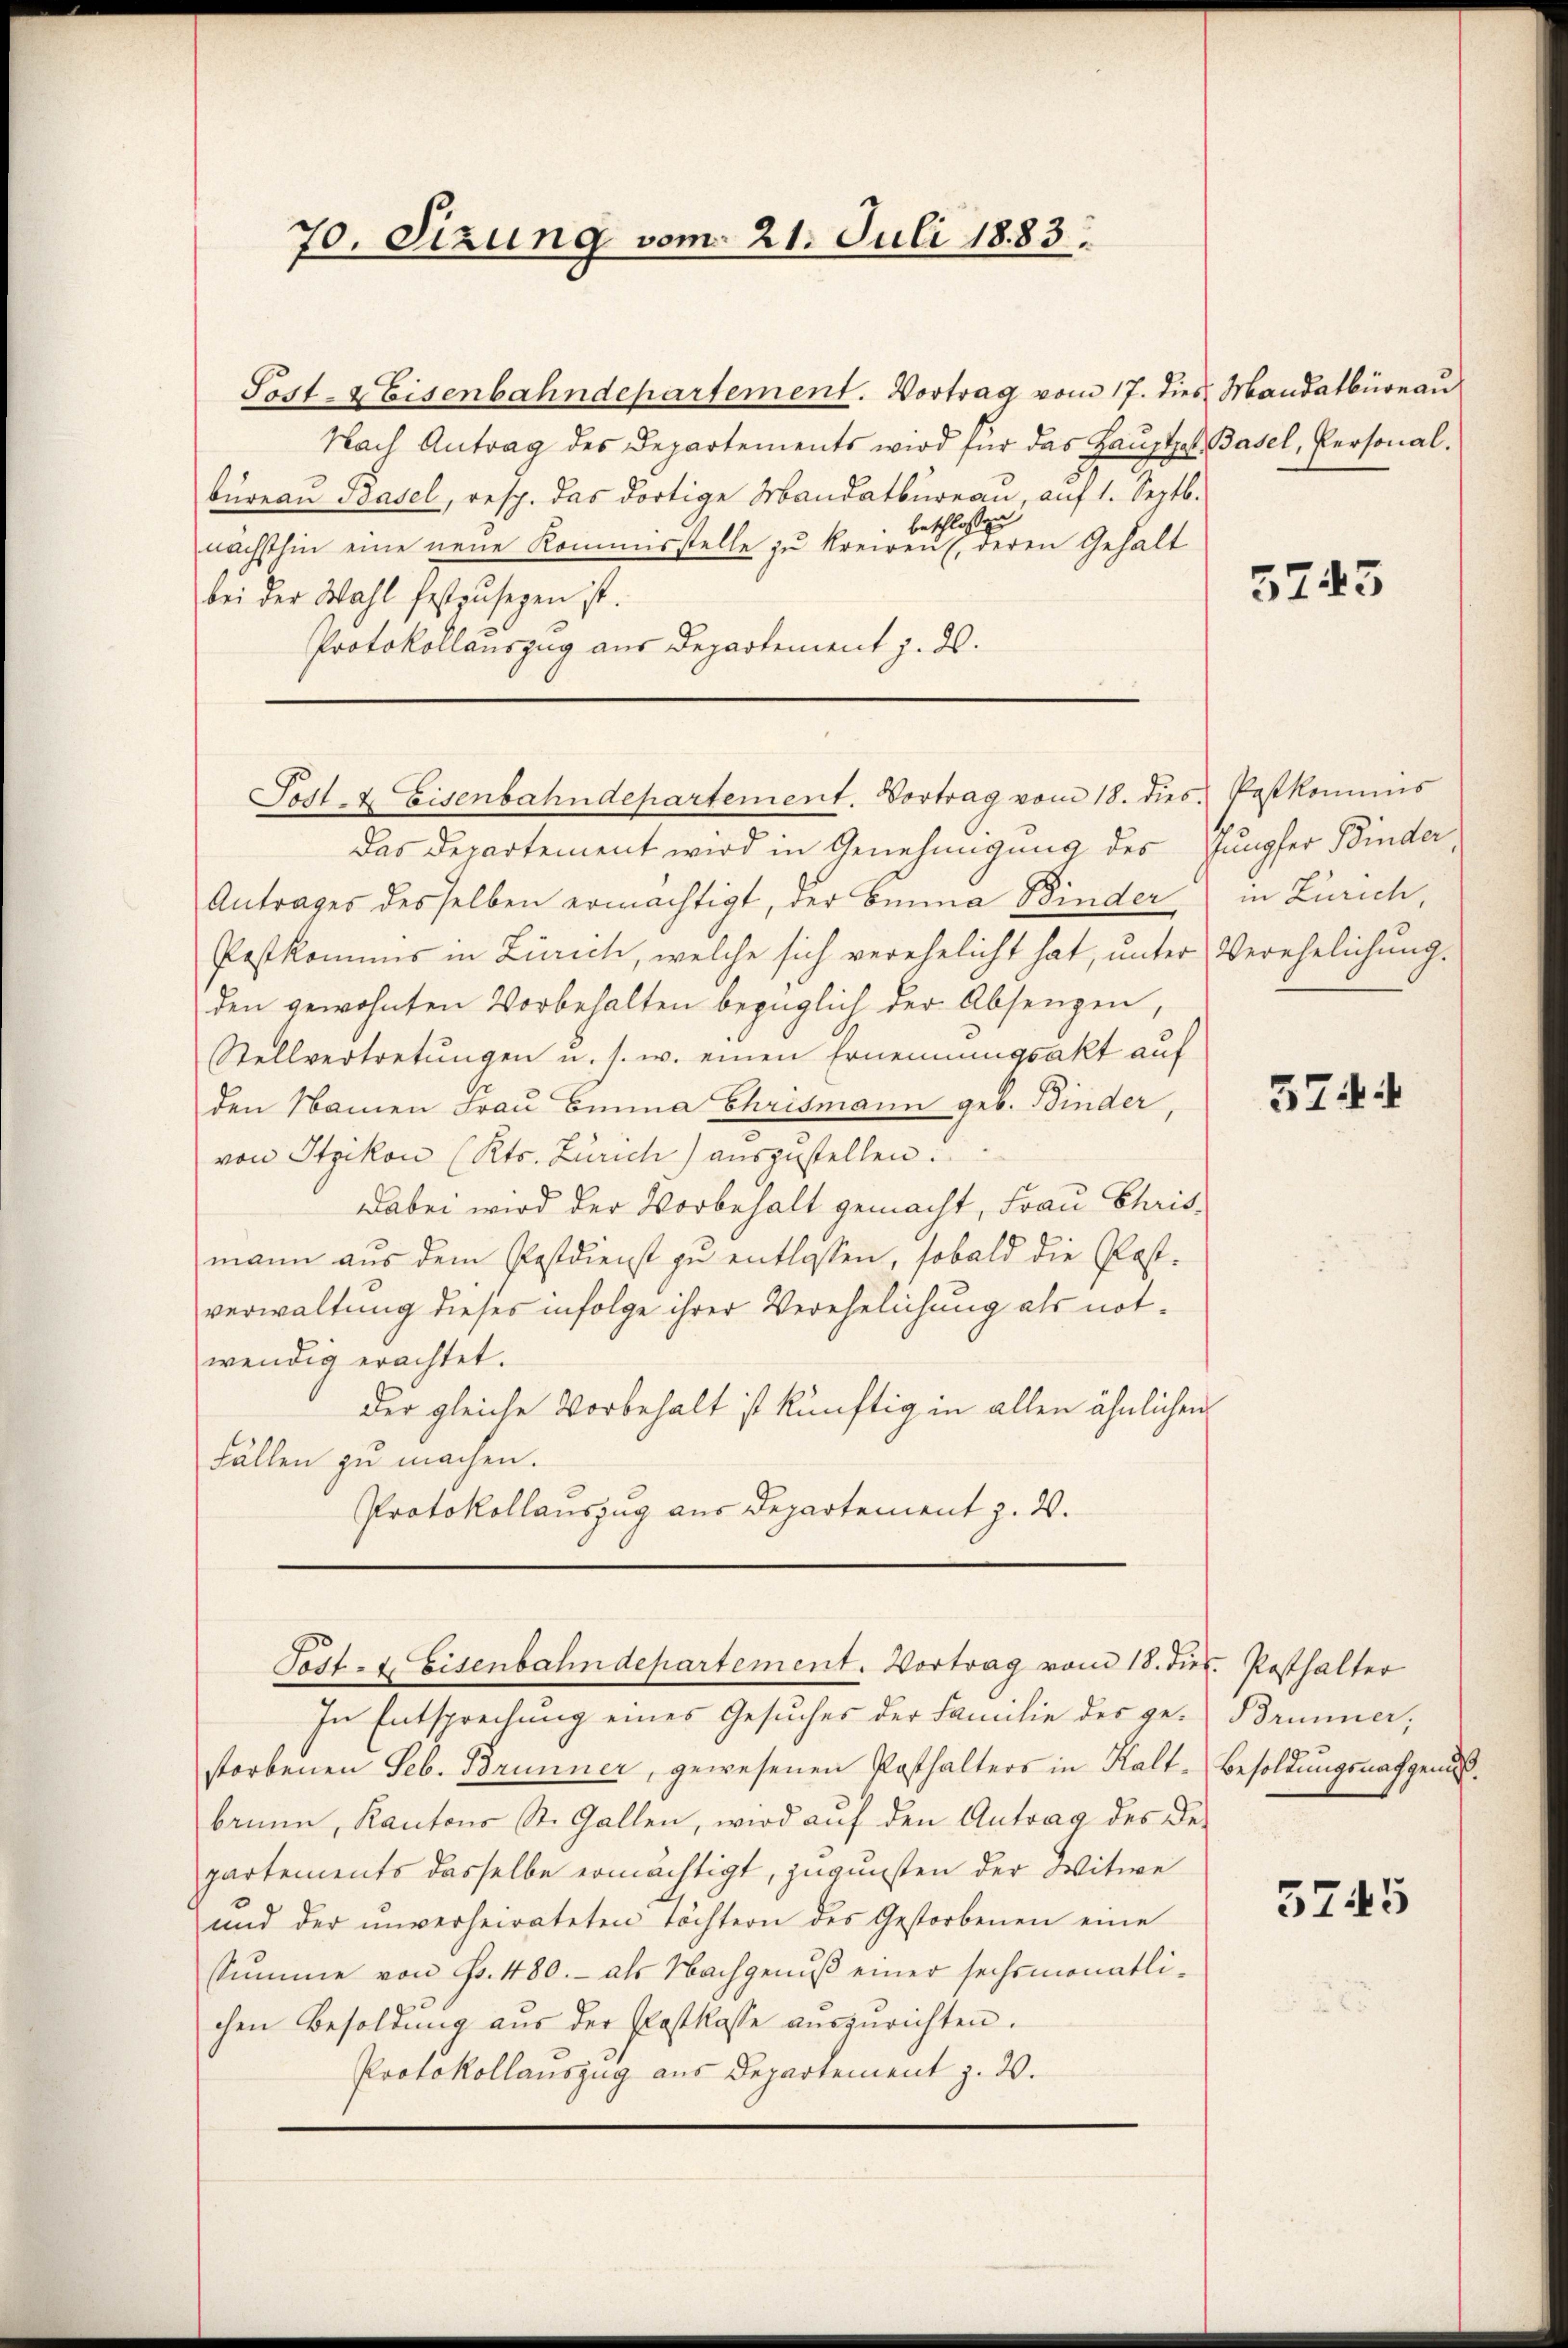
70. Sizung vom 21. Juli 1883.

Sost- & Eisenbahndepartement. Vortrag vom 17. dies Mandatbüreau
Nach Antrag des Departements wird für das Hauptph. Basel, Personalbureau Basel, resp. das dortige Mandatbüreau, auf 1. Septb.
beschlossen
nächsthin eine neue Kommisstelle zu kreiren, deren Gehalt
bei der Wahl festzŭsegen ist.
Protokollauszug aus Departement z. d.

Sodt- & Eisenbahndepartement. Vortrag vom 18. dies Postkommis

Das Departement wird in Genehmigung des Jungfer Binder,
Antrages desselben ermächtigt, der Emma Binder
Pestkommis in Zürich, welche sich verehelicht hat, unter Verehelichung,
den gewohnten Vorbehalten bezüglich der Absengen,
Stellvertretungen u. s. w. einen Ernennungsakt auf
den Namen Frau Einna Ehrismann geb. Binder,
von Itzikon (Kts. Zürich) auszustellen.
Dabei wird der Vorbehalt gemacht, Frau Chrismann aus dem Postdienst zu entlassen, sobald die Past-
verwaltung dieses infolge ihrer Verehelichung als notwendig erachtet.
der gleiche Vorbehalt ist künftig in allen ähnlichen
Fällen zu machen.
Protokollauszug aus Departement z. W.
Post- & Eisenbahndepartement. Vortrag vom 18. dies. Posthalter
In Entsprechung eines Gesuches der Familie des ge- Brunner,
storbenen Seb. Brunner, gewesenen Posthalters in Kalt- Besoldungsnachgenoßbrunn, Kantons St. Gallen, wird aŭf den Antrag des Departements dasselbe ermächtigt, zugunsten der Witwe
und der ŭnverheirateten töchtern des Gestorbenen eine
Summe von Fr. 480. - als Nachgenuß einer sechsmonatlichen Besoldung aus der Postkasse auszurichten.
Protokollauszug aus Departement z. B.

5243

in Zürich

574

5745